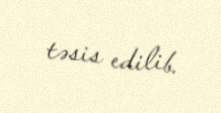
təsis edilib.